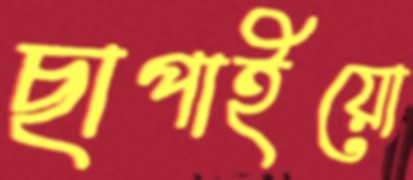
ছাপাইয়ো